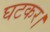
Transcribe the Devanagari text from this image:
घटकर।